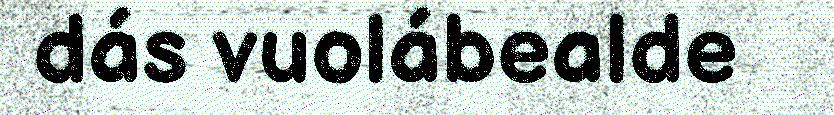
dás vuolábealde